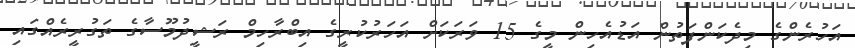
އަހުރެންގެ މިދެކަންފަތުން އަޑުއެހިން މީގެ 15 ވަރަަކަށް އަހަރުކުރީގެ އިބްރާހިމް ރަޝީދުމޫސާގެ ތަގުރީރެއްގައި